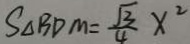
S _ { \Delta B D M } = \frac { \sqrt { 3 } } { 4 } x ^ { 2 }